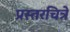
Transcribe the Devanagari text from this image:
प्रस्तरचित्रे